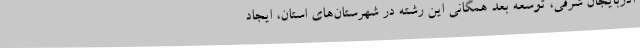
آذربایجان شرقی، توسعه بعد همگانی این رشته در شهرستان‌های استان، ایجاد